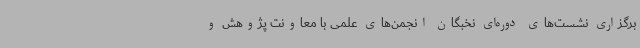
برگزاری نشست‌های دوره‌ای نخبگان انجمن‌های علمی با معاونت پژوهش و